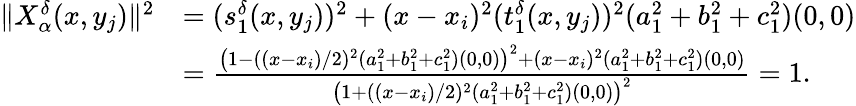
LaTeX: \begin{array}{rl}{\| X_{\alpha}^{\delta}(x,y_{j})\| ^{2}}&{=(s_{1}^{\delta}(x,y_{j}))^{2}+(x-x_{i})^{2}(t_{1}^{\delta}(x,y_{j}))^{2}(a_{1}^{2}+b_{1}^{2}+c_{1}^{2})(0,0)}\\ &{=\frac{\left(1-((x-x_{i})/2)^{2}(a_{1}^{2}+b_{1}^{2}+c_{1}^{2})(0,0)\right)^{2}+(x-x_{i})^{2}(a_{1}^{2}+b_{1}^{2}+c_{1}^{2})(0,0)}{\left(1+((x-x_{i})/2)^{2}(a_{1}^{2}+b_{1}^{2}+c_{1}^{2})(0,0)\right)^{2}}=1.}\end{array}